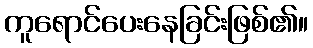
ကူရောင်ပေးနေခြင်းဖြစ်၏။